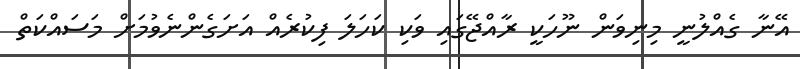
އޭނާ ގެއްލުނީ މިނިވަން ނޫހަކީ ރާއްޖޭގައި ވަކި ކަހަލަ ފިކުރެއް އަށަގެންނެވުމަށް މަސައްކަތް